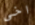
اخى